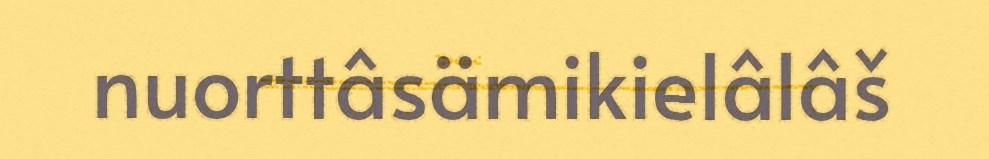
nuorttâsämikielâlâš